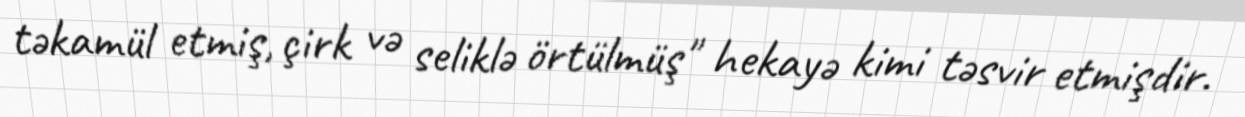
təkamül etmiş, çirk və seliklə örtülmüş" hekayə kimi təsvir etmişdir.